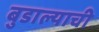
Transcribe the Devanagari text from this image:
बुडाल्याची